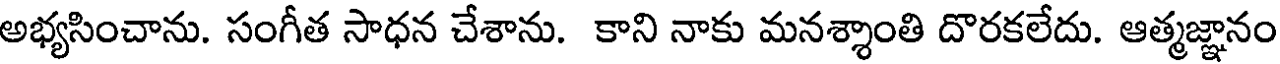
అభ్యసించాను. సంగీత సాధన చేశాను. కాని నాకు మనశ్శాంతి దొరకలేదు. ఆత్మజ్ఞానం